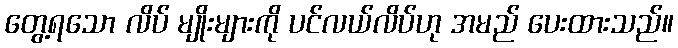
တွေ့ရသော လိပ် မျိုးများကို ပင်လယ်လိပ်ဟု အမည် ပေးထားသည်။